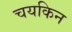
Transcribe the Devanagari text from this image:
चयकिन